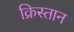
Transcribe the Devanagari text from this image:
क्रिस्तान